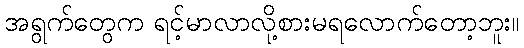
အရွက်တွေက ရင့်မာလာလို့စားမရလောက်တော့ဘူး။